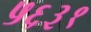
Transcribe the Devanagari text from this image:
५६३१